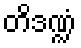
တိဒဏ္ဍံ